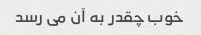
خوب چقدر به آن می رسد